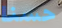
حسنا